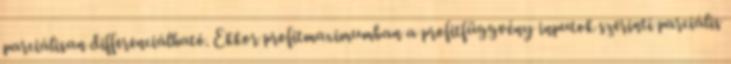
parciálisan differenciálható. Ekkor profitmaximumban a profitfüggvény inputok szerinti parciális